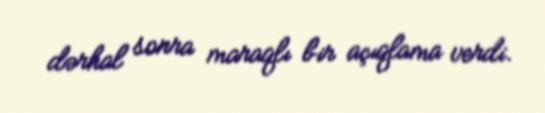
dərhal sonra maraqlı bir açıqlama verdi.